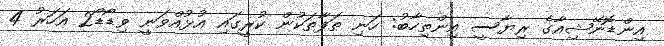
އިންޑޮނޭޝިއާގެ ރިޔާސީ އިންތިހާބު: ހަނި ތަފާތަކުން ކުރީގައި އުޅުއްވަނީ ވިޑޯޑޯ2 އަހަރު 4